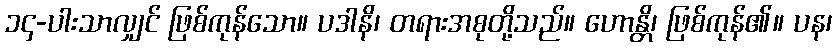
၁၄-ပါးသာလျှင် ဖြစ်ကုန်သော။ ပဒါနိ၊ တရားအစုတို့သည်။ ဟောန္တိ၊ ဖြစ်ကုန်၏။ ပန၊